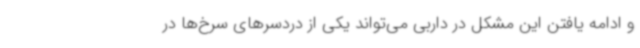
و ادامه یافتن این مشکل در داربی می‌تواند یکی از دردسرهای سرخ‌ها در